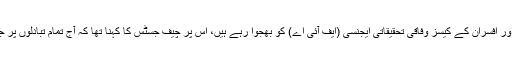
ان کا کہنا تھا کہ کرپٹ ملازمین اور افسران کے کیسز وفاقی تحقیقاتی ایجنسی (ایف آئی اے) کو بھجوا رہے ہیں، اس پر چیف جسٹس کا کہنا تھا کہ آج تمام تبادلوں پر جاری حکم امتناع ختم کر دیں گے۔